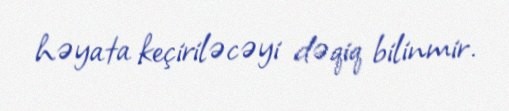
həyata keçiriləcəyi dəqiq bilinmir.